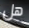
هل